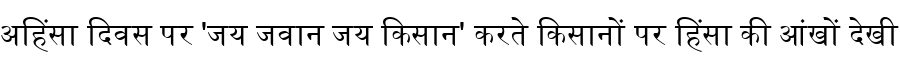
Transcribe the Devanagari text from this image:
अहिंसा दिवस पर 'जय जवान जय किसान' करते किसानों पर हिंसा की आंखों देखी